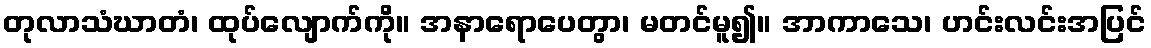
တုလာသံဃာတံ၊ ထုပ်လျောက်ကို။ အနာရောပေတွာ၊ မတင်မူ၍။ အာကာသေ၊ ဟင်းလင်းအပြင်